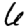
Digit: 6